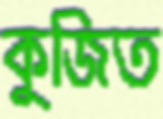
কুজিত